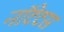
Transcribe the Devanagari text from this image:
नॉटेटस